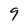
Character: 9